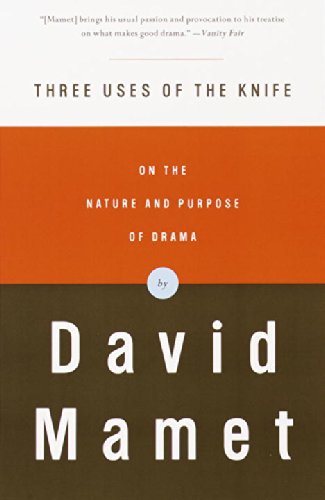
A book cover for Three Uses of the Knife: On the Nature and Purpose of Drama; David Mamet; Mystery, Thriller & Suspense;